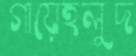
গায়েহলুদ